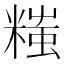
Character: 𬖲